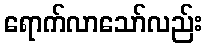
ရောက်လာသော်လည်း